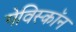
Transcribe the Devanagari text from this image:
गेविस्कॉन